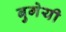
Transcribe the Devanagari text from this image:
बुगेयी